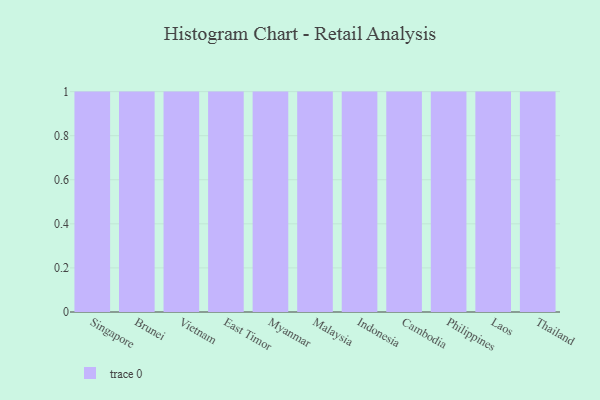
{"axis": {"x": "Country", "y": "Budget (USD K)"}, "legend": [""], "data": [{"x": "Singapore", "y": 36, "type": ""}, {"x": "Brunei", "y": 34, "type": ""}, {"x": "Vietnam", "y": 43, "type": ""}, {"x": "East Timor", "y": 12, "type": ""}, {"x": "Myanmar", "y": 76, "type": ""}, {"x": "Malaysia", "y": 21, "type": ""}, {"x": "Indonesia", "y": 54, "type": ""}, {"x": "Cambodia", "y": 79, "type": ""}, {"x": "Philippines", "y": 83, "type": ""}, {"x": "Laos", "y": 55, "type": ""}, {"x": "Thailand", "y": 100, "type": ""}]}